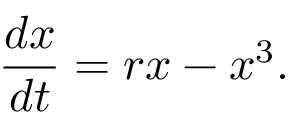
{ \frac { d x } { d t } } = r x - x ^ { 3 } .